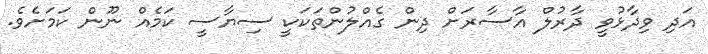
އަދި ވިދާޅުވީ ދާރުލް އާސާރަށް ދިން ގެއްލުންތަކަކީ ސިޔާސީ ކަމެއް ނޫން ކަމަށެވެ.